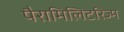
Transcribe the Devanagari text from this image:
पैरामिलिटरिज्म